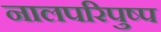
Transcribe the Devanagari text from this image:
नालपरिपुष्प